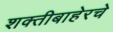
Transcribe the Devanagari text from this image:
शक्तीबाहेरचे